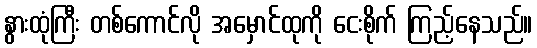
နွားထုံကြီး တစ်ကောင်လို အမှောင်ထုကို ငေးစိုက် ကြည့်နေသည်။